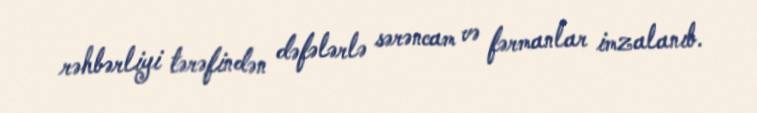
rəhbərliyi tərəfindən dəfələrlə sərəncam və fərmanlar imzalanıb.